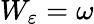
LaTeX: W_{\varepsilon}=\omega